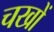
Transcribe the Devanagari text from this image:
चखों